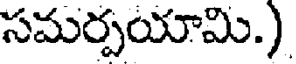
సమర్పయామి.)